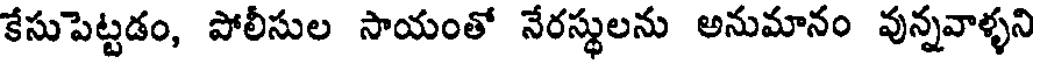
కేసుపెట్టడం, పోలీసుల సాయంతో నేరస్థులను అనుమానం వున్నవాళ్ళని